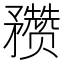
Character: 𥎝